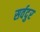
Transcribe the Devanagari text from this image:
सर्वदुर